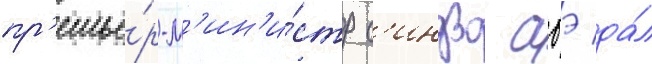
пр'емье́р-м'ин'и́стр с'индзо абэ да́л